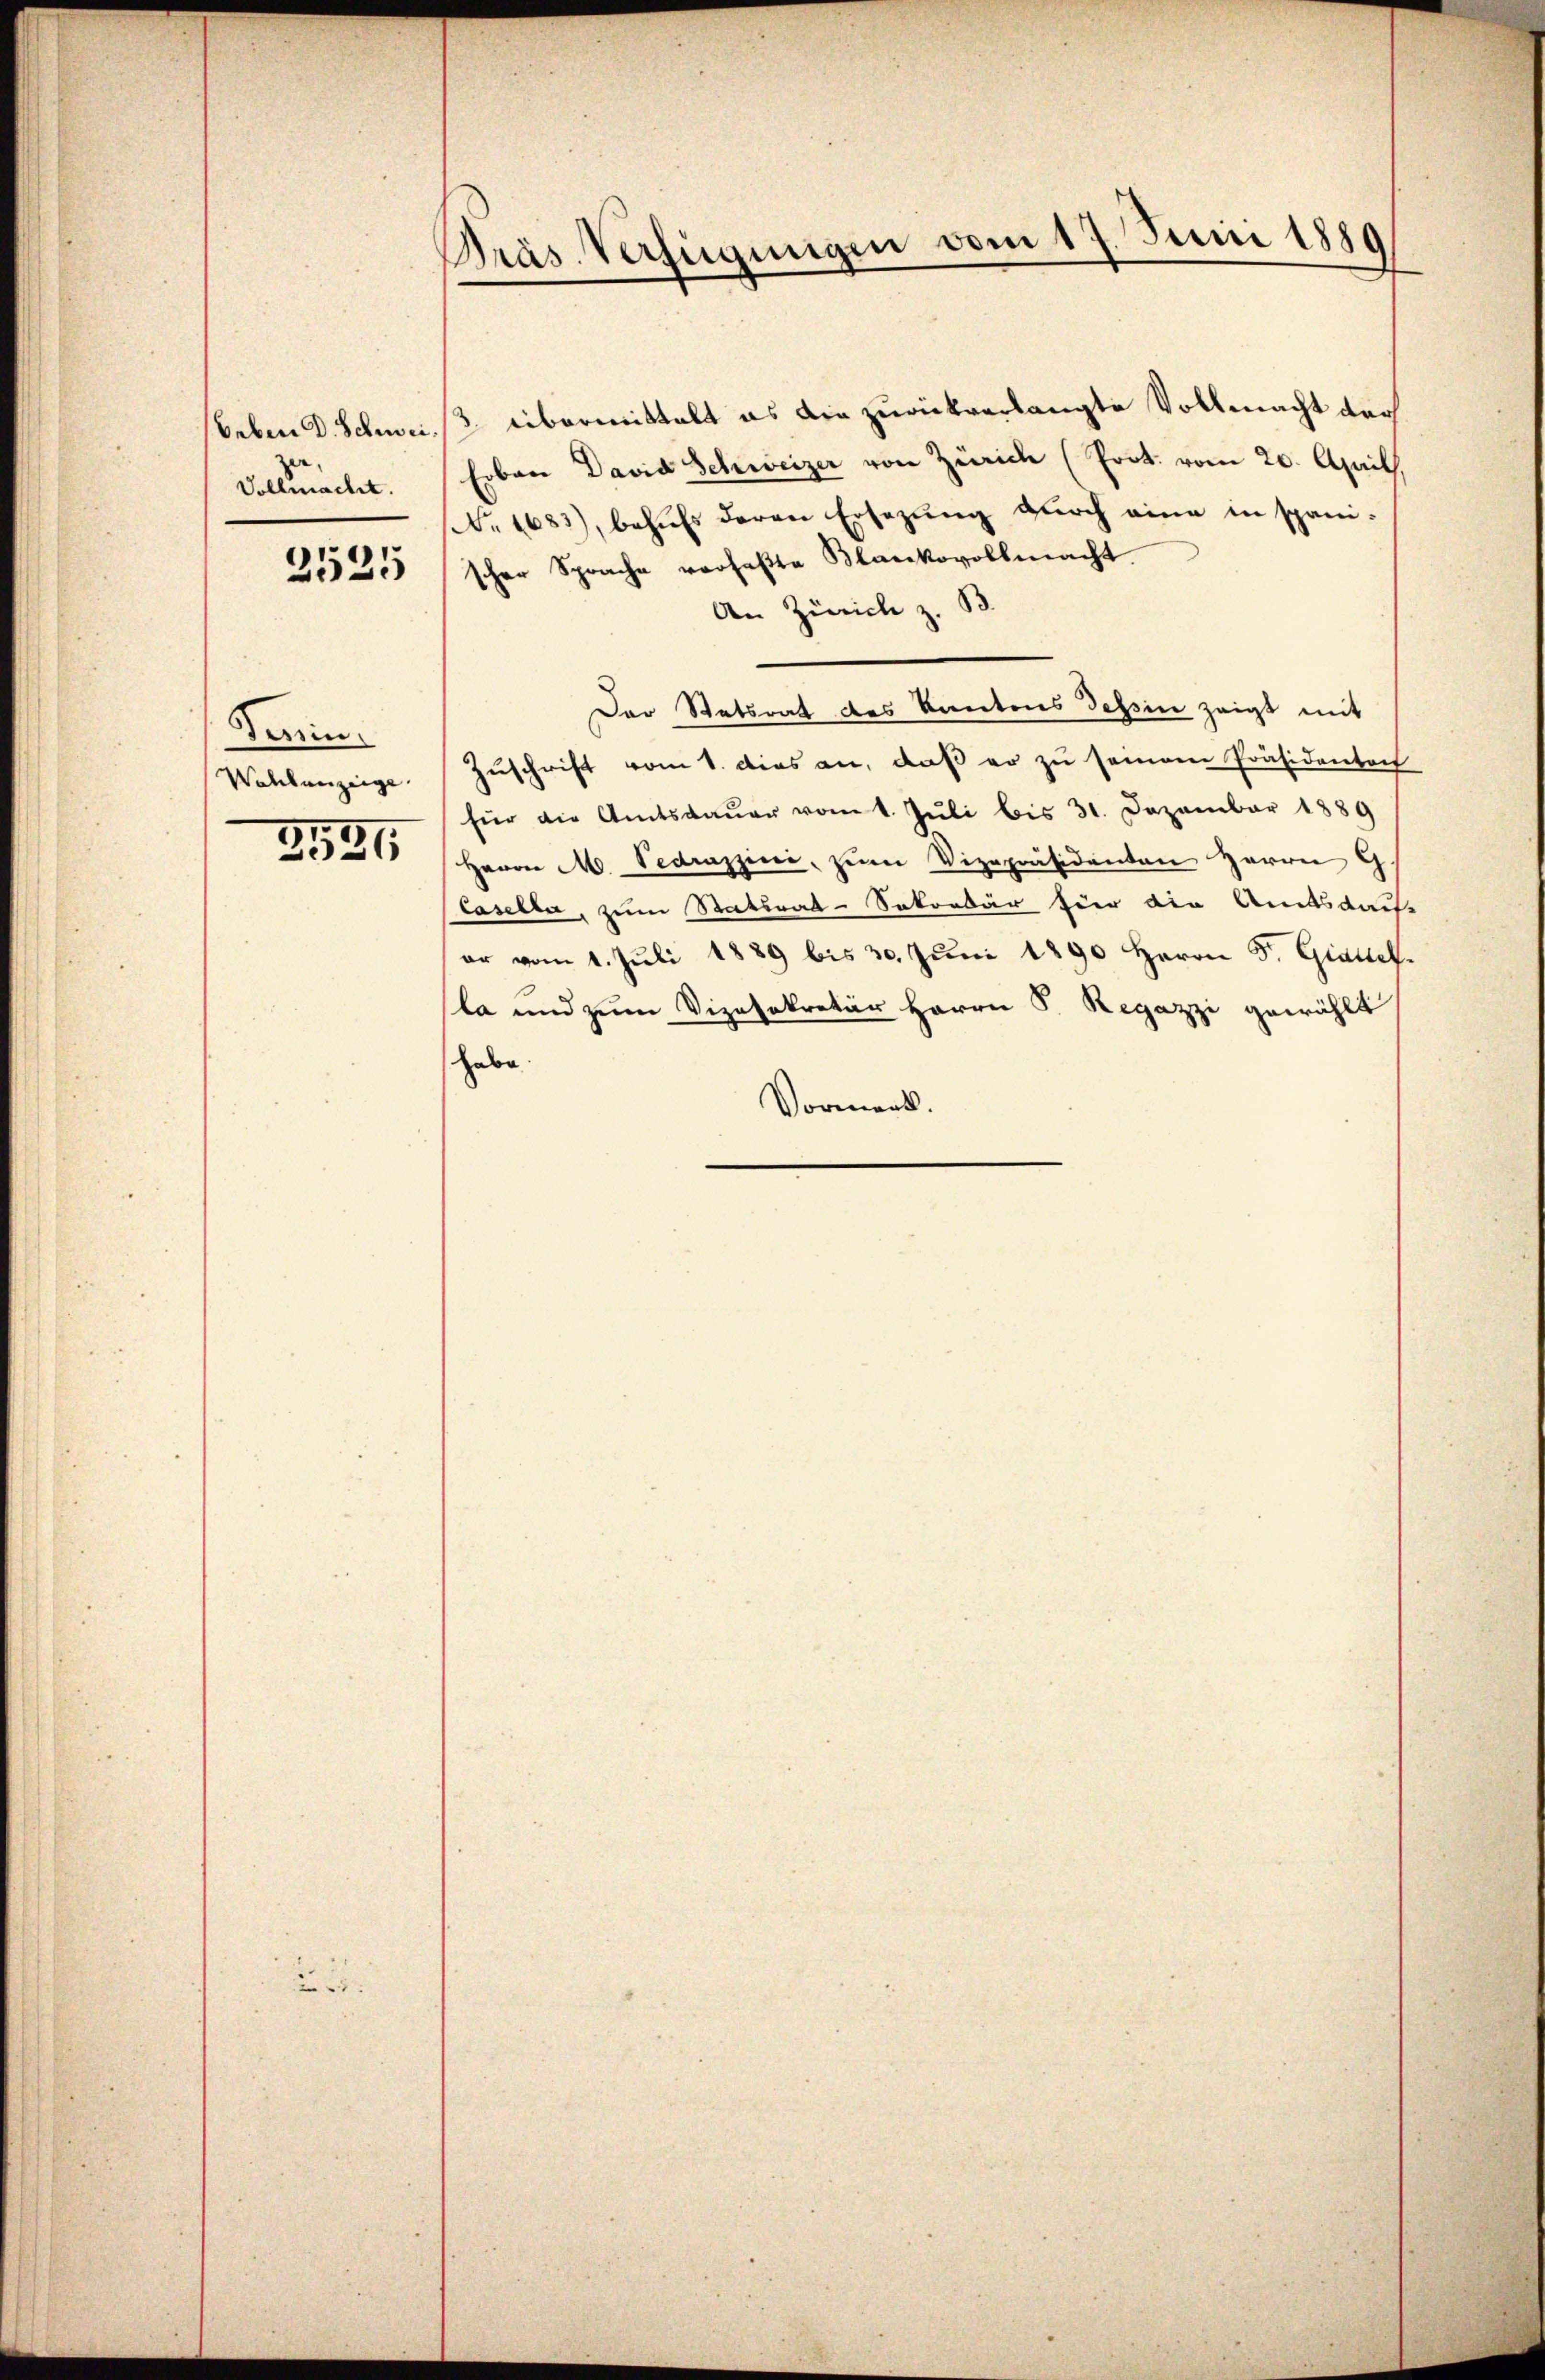
beben D. Schrei¬
Vollmacht.

2525

Farin.
Wolkenzeige.
2191

Präs. Verfügungen vom 17. Juni 1889

3. übermittelt es die zurückverlangte Vollmacht der
Erben David Schweizer von Zürich (Prot. vom 20. April,
NNo. 1683), behufs deren Ersezung durch eine in spanischer Sprache verhaβte Blankovollmacht.
An Zürich z. B.
Der Statsrat des Kantons Tessin zeigt mit
Zuschrift vom 1. dies an, daß er zu seinem Präsidentoch
für die Amtsdaŭer vom 1. Jŭli bis 31. Dezember 1889
Herrn M. Pedrazzini, zum Vizepräsidenten Herrn G.
Casella, zum Statural-Sokorbär für die Amtsdauf-
er vom 1. Juli 1889 bis 30. Juni 1890 Herrn F. Gittel
la und zum Vizesekretär Herrn S. Regazzi gewählt
habe.
Vormenk.